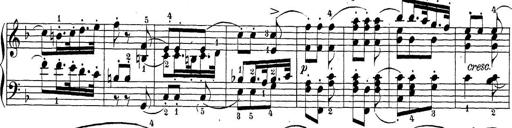
Title: Sonatina Album
Composer: Louis KÃ¶hler